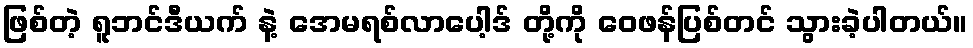
ဖြစ်တဲ့ ရူဘင်ဒီယက် နဲ့ အေမရစ်လာပေါ့ဒ် တို့ကို ဝေဖန်ပြစ်တင် သွားခဲ့ပါတယ်။